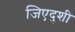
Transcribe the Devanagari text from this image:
जिएदुशी